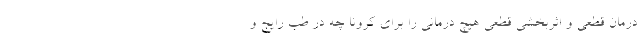
درمان قطعی و اثربخشی قطعی هیچ درمانی را برای کرونا چه در طب رایج و